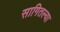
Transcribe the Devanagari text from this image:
सागितल्या